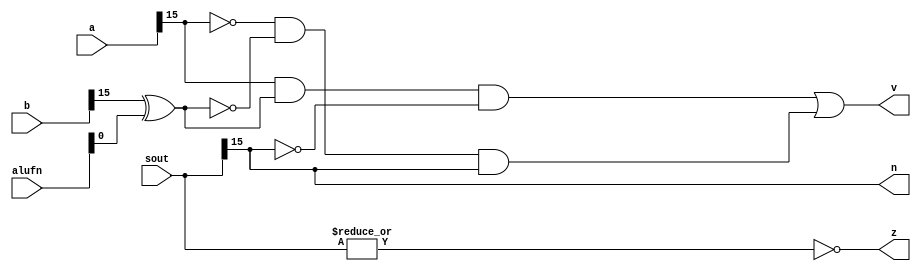
module zvnvalues_6 (
    input [15:0] a,
    input [15:0] b,
    input [15:0] sout,
    input [5:0] alufn,
    output reg z,
    output reg v,
    output reg n
  );
  
  
  
  always @* begin
    z = (~|(sout));
    v = (a[15+0-:1] & (b[15+0-:1] ^ alufn[0+0-:1]) & !sout[15+0-:1]) | (!a[15+0-:1] & !(b[15+0-:1] ^ alufn[0+0-:1]) & sout[15+0-:1]);
    n = sout[15+0-:1];
  end
endmodule